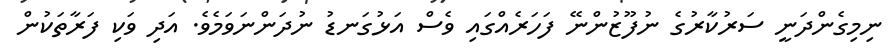
ނިމިގެންދަނީ ސަރުކާރުގެ ނުފޫޒުންނޭ ފަހަރެއްގައި ވެސް އަޅުގަނޑު ނުދަންނަވަމެވެ. އަދި ވަކި ފަރާތަކުން